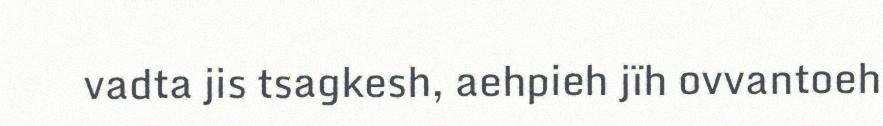
vadta jis tsagkesh, aehpieh jïh ovvantoeh